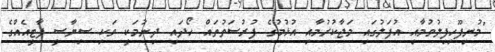
"މުނިފޫހިފިލުވުމާއި އުފަލުގައި މަޖާކުރުމާއި އުޅުމުގެ ފުރުސަތުތައް ހޯދައި ދިނުމަކީ ވަކި ސިޔާސީ ޕާޓީއެއްގެ